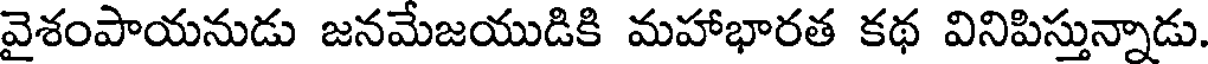
వైశంపాయనుడు జనమేజయుడికి మహాభారత కథ వినిపిస్తున్నాడు.